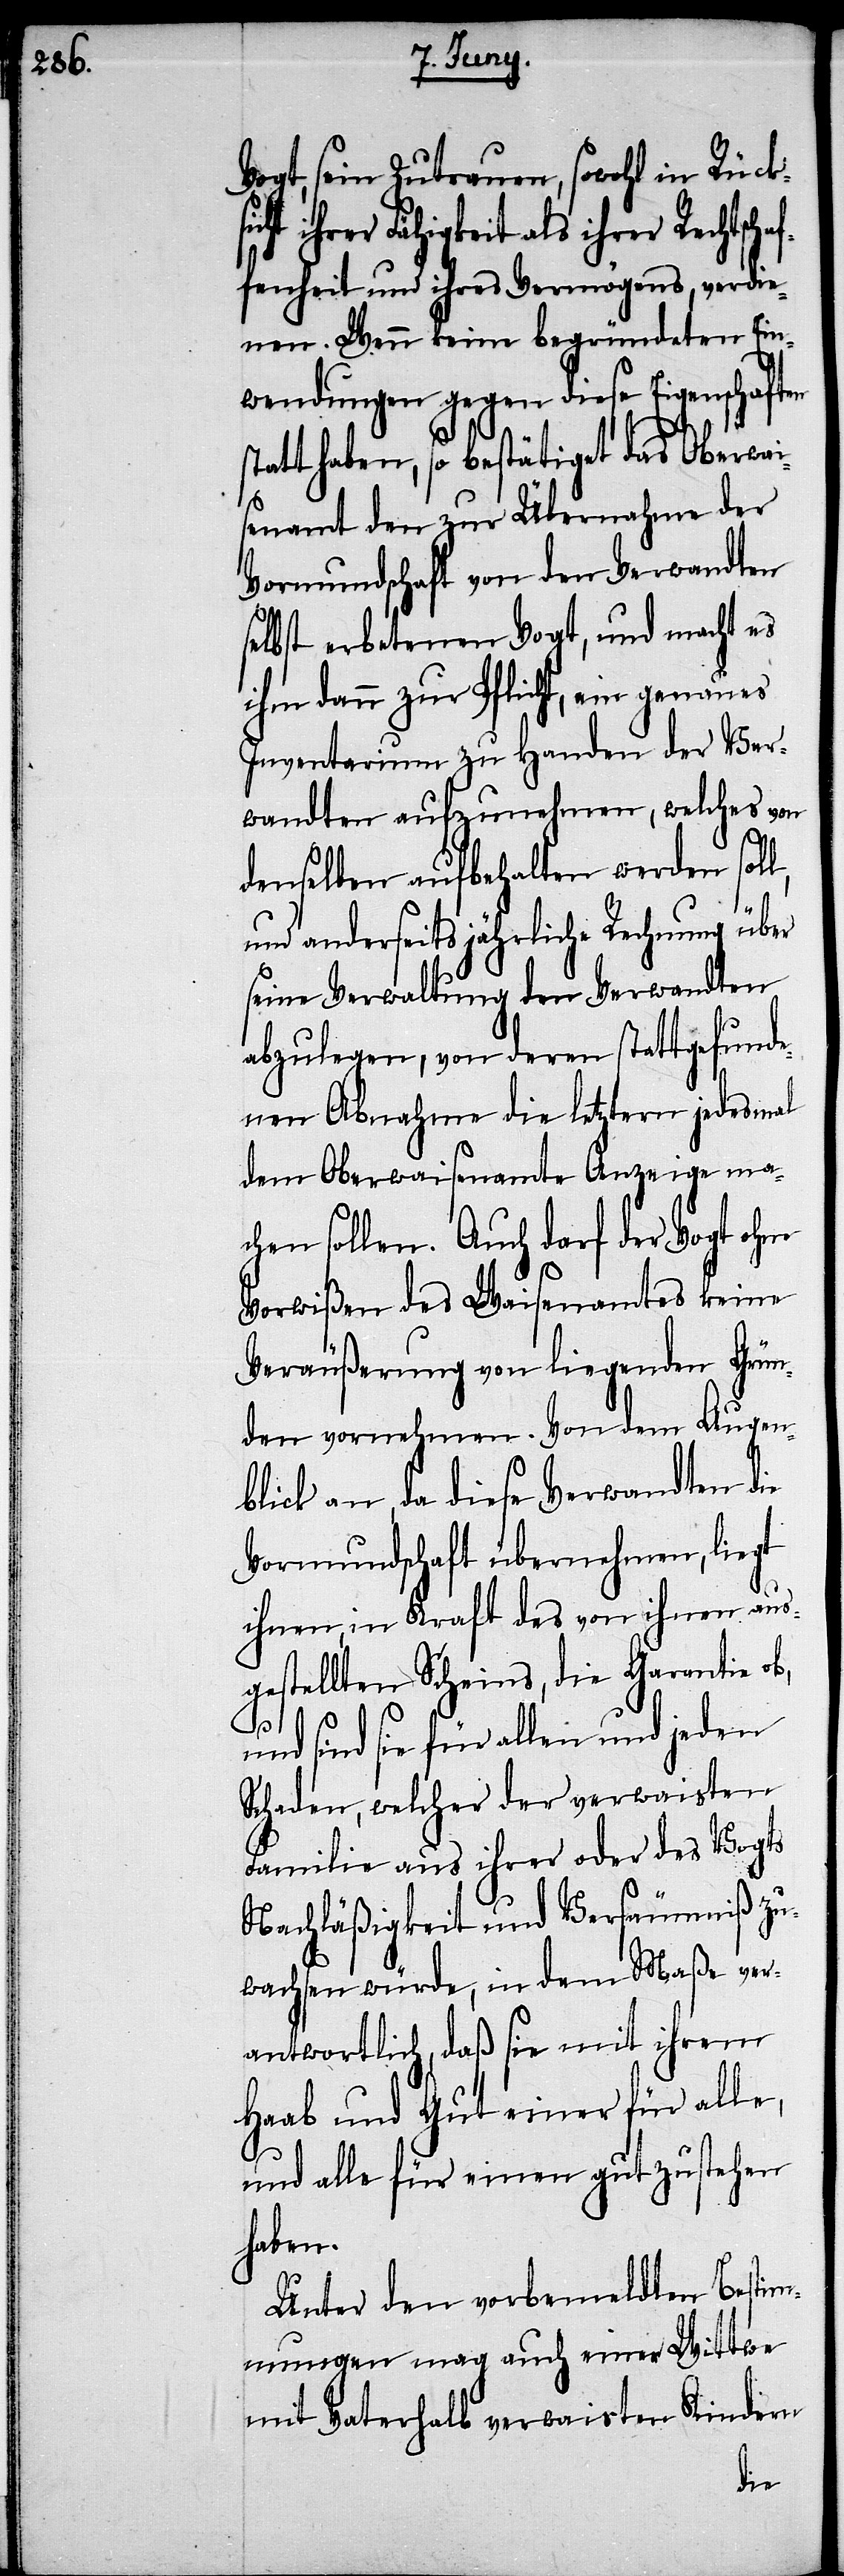
Vogt, sein Zutrauen, sowohl in Rück¬
ihrer Rechtschaf¬
fenheit und ihres Vermögens, verdie¬
nen. Wenn keine begründeten Ein¬
wendungen gegen dieses Eigenschaften
statt haben, so bestätigt das Oberwai¬
senamt den zur Übernahme der
Vormundschaft von den Verwandten
selbst erbetenen Vogt, und macht es
ihm dann zur Pflicht, ein genaues
Inventarium zu Handen der Ver¬
wandten aufbehalten werden soll,
und anderseits jährliche Rechnung über
seine Verwaltung den Verwandten
abzulegen, von deren stattgefunde¬
nen Abnahme die letztern jedesmal
dem Oberwaisenamte Anzeige ma¬
chen sollen. Auch darf der Vogt ohne
Vorwißen des Waisenamtes keine
Veräußerung von liegenden Grün¬
den vornehmen. Von dem Augen¬
blick an, da diese Verwandten die
Vormundschaft übernehmen, liegt
ihnen, in Kraft des von ihnen aus¬
gestellten Scheins, die Garantie ob,
und sind sie für allen und jeden
Schaden, welcher der verwaisten
Familie aus ihrer oder des Vogts
Nachläßigkeit und Versäumniß zu¬
wachsen würde, in dem Maße ver¬
antwortlich, daß sie mit ihrem
Haab und Gut einer für alle
und alle für einen gutzustehen
haben.
Unter den vorbemeldten Bestim¬
mungen mag auch einer Wittwe
mit Vaterhalb verwaisten Kindern